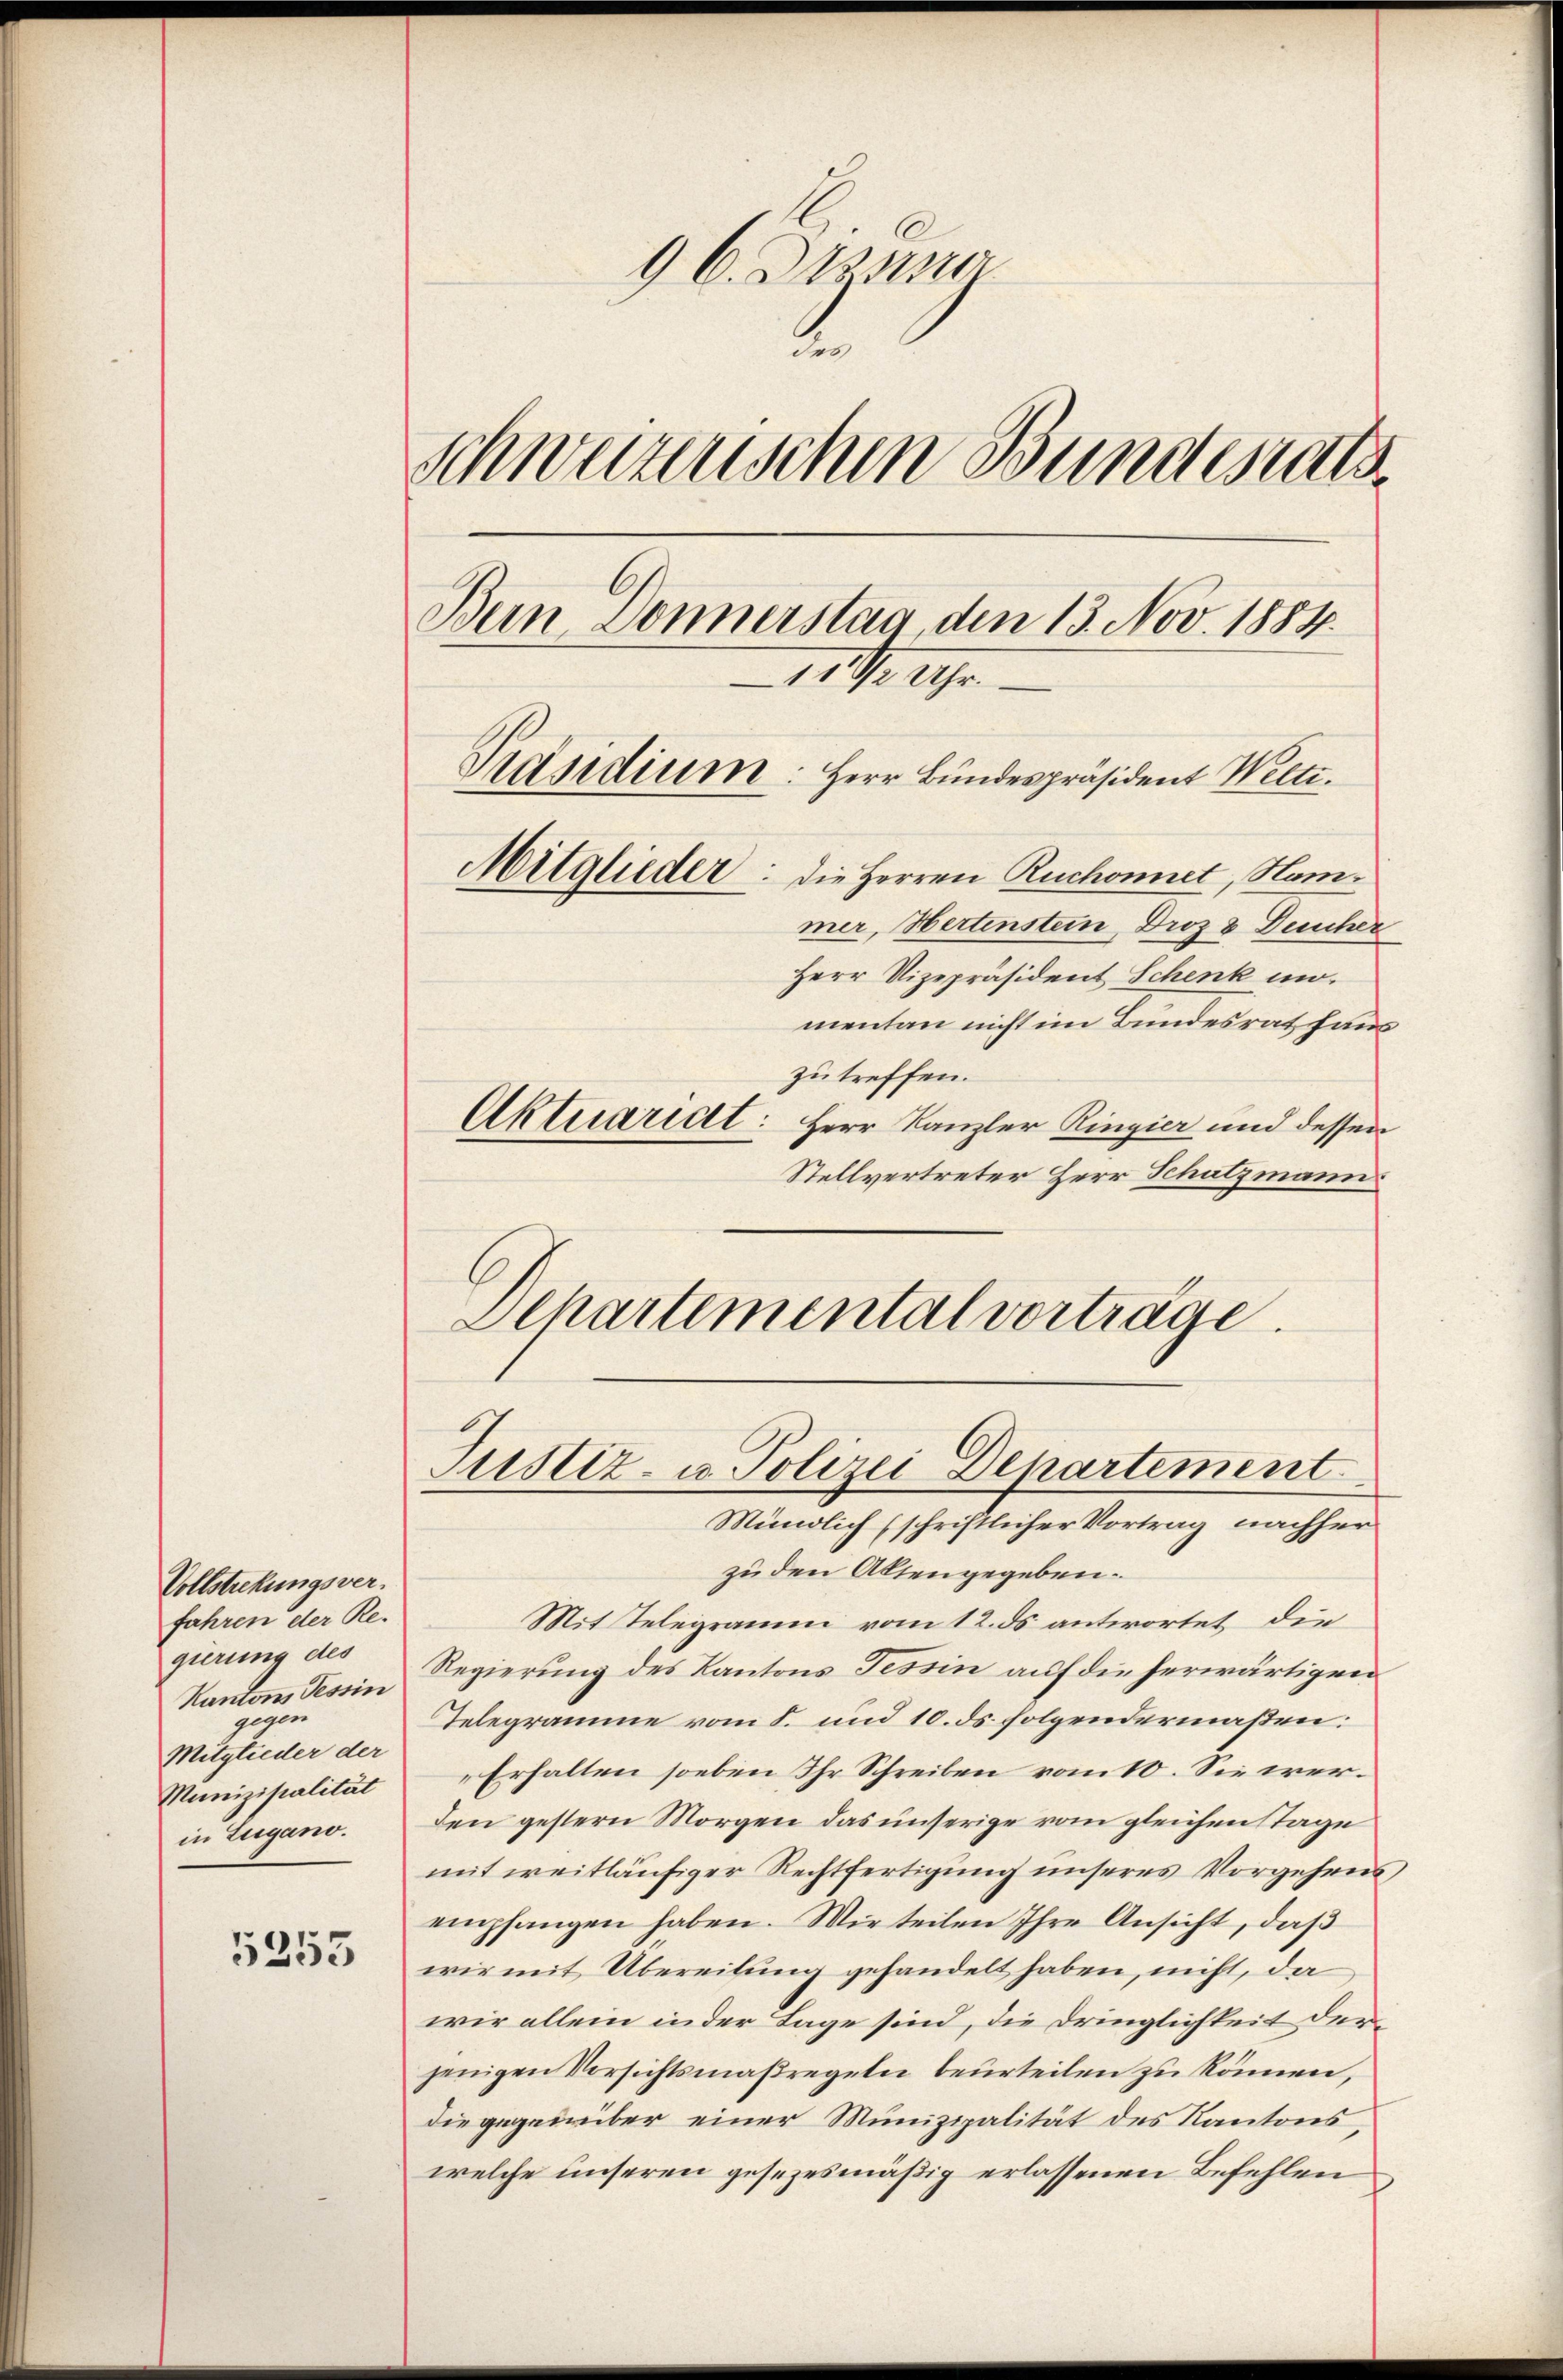
Vollstrekungsver
fahren der Re-
gierung des
Kantons Tessin
gegen
Mitglieder der
Munizipalität
in Lugano.

5353

96. Deze
.
Schweizerischen Bundesrats
Bern Donnerstag, den 13. Nov. 1884.
111/2 Uhr.
Präsidium: Herr Bundespräsident Welti.
Mitglieder: die Herren Ruchonnet, Stammer, Hertenstein, Droz & Deucher
Herr Vizepräsident Schenk m
mentan nicht im Bundesrath haus
zu treffen.
Aktuariat: Herr Kanzler Ringier und dessen

Stellvertreter Herr Schatzmann.
Schartemental vorträge.

Justiz- u. Polizei Departement
Mündlich (schriftlicher Vortrag nachher

zu den Altengegeben.
Mit Telegramm vom 12. ds antwortet die
Regierung des Kantons Tessin auf die herwärtigen
Telegramme vom 8. und 10. ds. folgendermaßen:
Erhalten soeben Ihr Schreiben vom 10. Sie werden gestern Morgen das unserige vom gleichen Tage
mit weitläufiger Rechtfertigung unseres Vorgehens
empfangen haben. Wir teilen Ihre Ansicht, daβ
wir mit Übereitung gehandelt haben, nicht, da
wir allein in der Lage sind, die Dringlichkeit derjenigen Versichtsmaßregeln beurteilen zu können,
die gegenüber einer Munizipalität des Kantons,
welche unseren gesezesmäßig erlassenen Befehlen